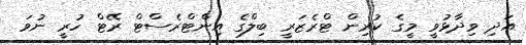
އަދި ވިދާޅުވީ މީގެ ކުރިން ޓްރެޒަރީ ބިލްގެ އިންޓްރެސްޓް ރޭޓް ހުރީ ނުވަ